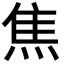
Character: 焦